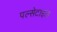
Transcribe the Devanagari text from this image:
पल्सेटाइल